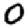
Digit: 0